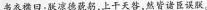
书衣襟曰：联凉稳藐躬，上干天咎， 然皆诸臣误联。